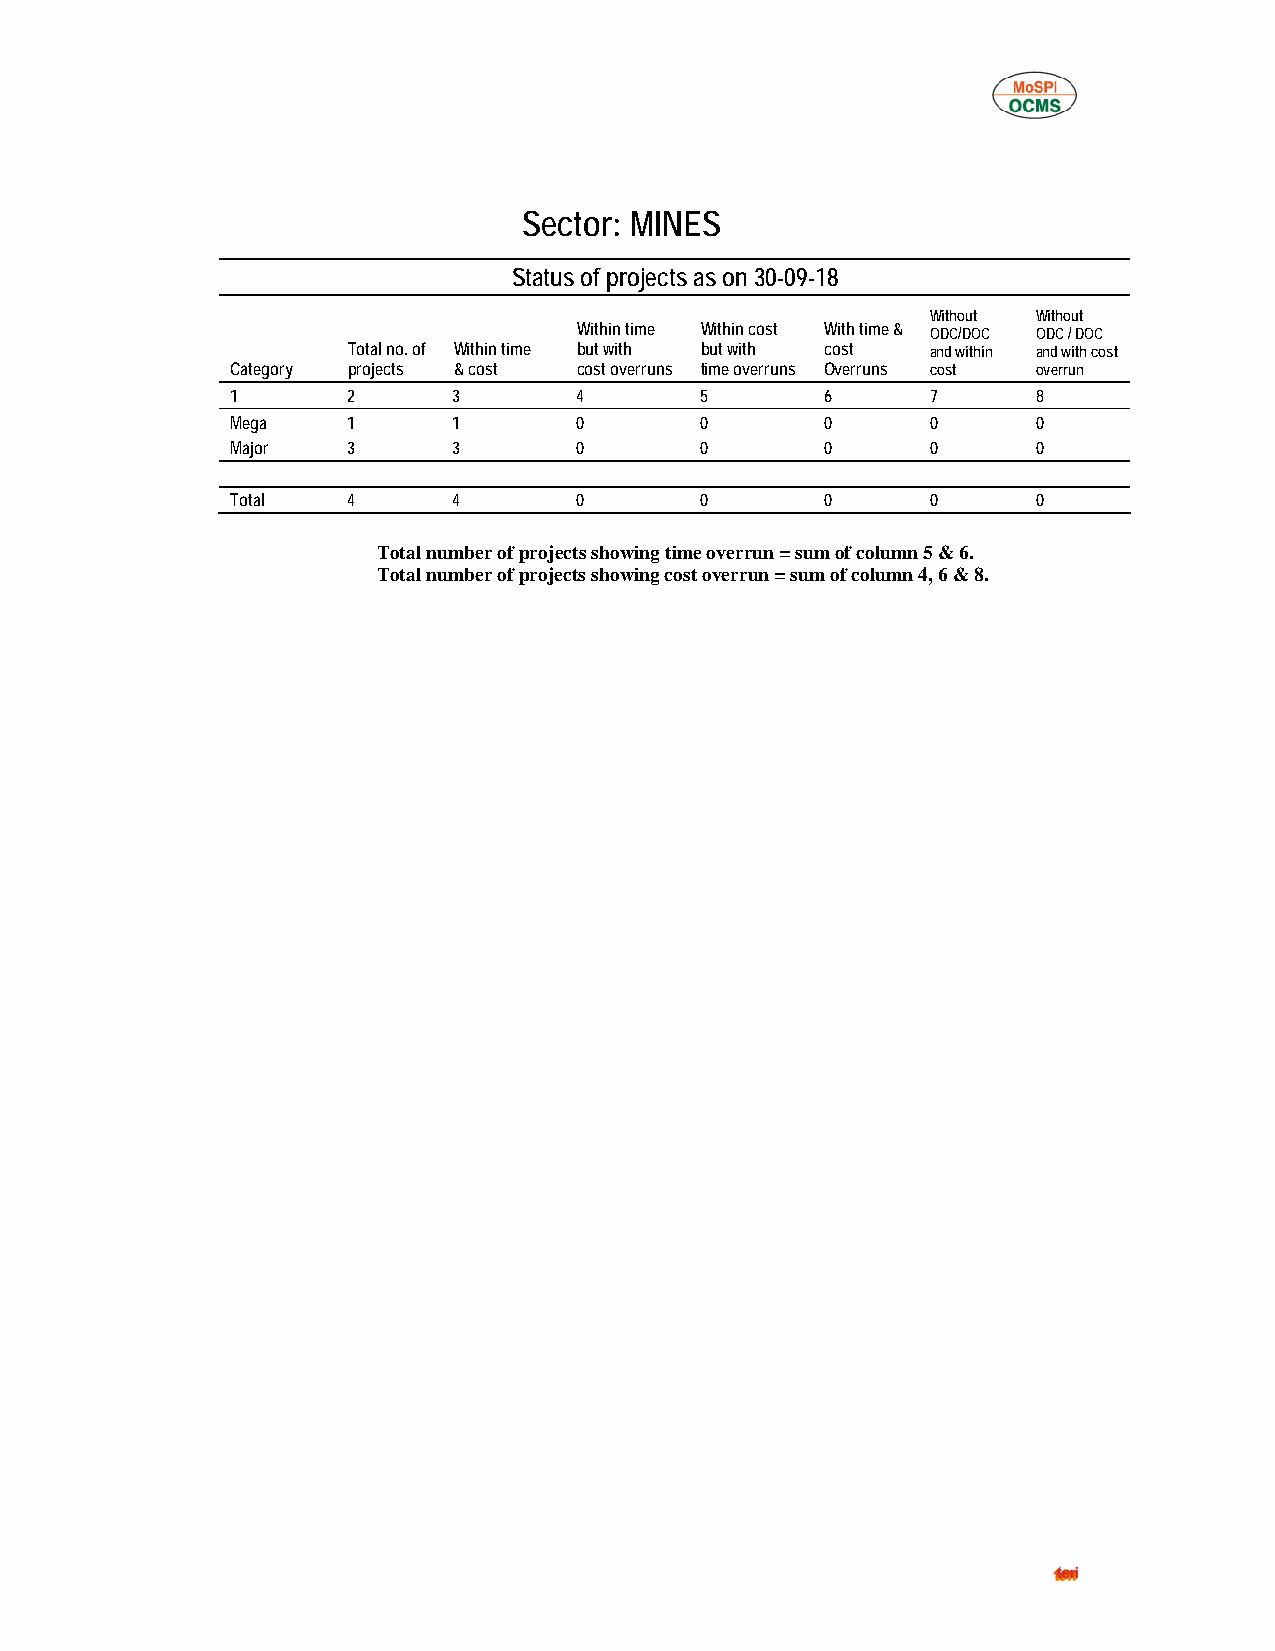
Sector: MINES
 Status of projects as on 30-09-18
 Without Without
 Within time Within cost With time & ODC/DOC ODC / DOC
 Total no. of Within time but with but with cost and within and with cost
 Category projects & cost cost overruns time overruns Overruns cost overrun
 1       2      3       4       5        6      7      8
 Mega    1      1       0       0        0      0      0
 Major   3      3       0       0        0      0      0
 Total   4      4       0       0        0      0      0
 Total number of projects showing time overrun = sum of column 5 & 6.
 Total number of projects showing cost overrun = sum of column 4, 6 & 8.